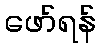
ဖော်ရန်